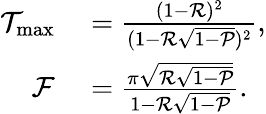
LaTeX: \begin{array}{rl}{\mathcal{T}_{\mathrm{max}}}&{{}=\frac{(1-\mathcal{R})^{2}}{(1-\mathcal{R}\sqrt{1-\mathcal{P}})^{2}},}\\ {\mathcal{F}}&{{}=\frac{\pi\sqrt{\mathcal{R}\sqrt{1-\mathcal{P}}}}{1-\mathcal{R}\sqrt{1-\mathcal{P}}}.}\end{array}